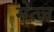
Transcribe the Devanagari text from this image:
मेत्ज